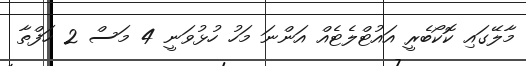
މާލޭގައި ކޮކޯބެރީ އައުޓްލެޓެއް އަންނަ މަހު ހުޅުވަނީ 4 މަސް 2 ހަފްތާ